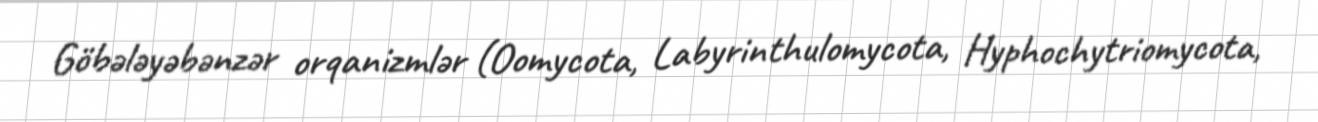
Göbələyəbənzər orqanizmlər (Oomycota, Labyrinthulomycota, Hyphochytriomycota,